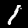
Label: 1